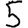
Digit: 5